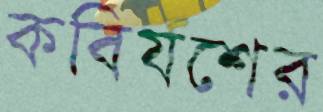
কবিযশের